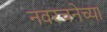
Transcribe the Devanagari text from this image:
नवरचनेच्या